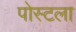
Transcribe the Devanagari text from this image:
पोस्टला